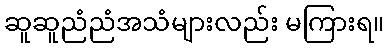
ဆူဆူညံညံအသံများလည်း မကြားရ။